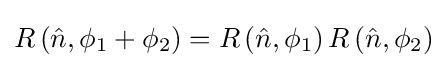
R\left({\hat {n}},\phi _{1}+\phi _{2}\right)=R\left({\hat {n}},\phi _{1}\right)R\left({\hat {n}},\phi _{2}\right)